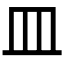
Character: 皿